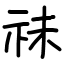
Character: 祙